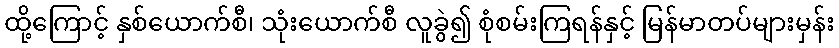
ထို့ကြောင့် နှစ်ယောက်စီ၊ သုံးယောက်စီ လူခွဲ၍ စုံစမ်းကြရန်နှင့် မြန်မာတပ်များမှန်း